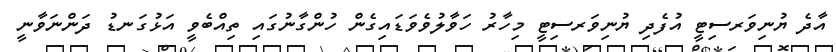
އާދެ ޔުނިވަރސިޓީ އުފެދި ޔުނިވަރސިޓީ މިހާރު ހަވާލުވެވަޑައިގެން ހުންގާނުގައި ތިއްބެވީ އަޅުގަނޑު ދަންނަވާނީ